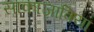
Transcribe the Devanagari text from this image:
साकाज़ाविया